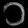
Digit: ၁